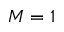
M = 1